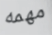
مهمه